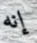
إنه